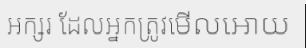
អក្សរ ដែលអ្នកត្រូវមើលអោយ